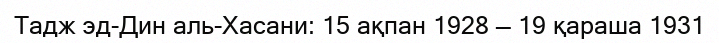
Тадж эд-Дин аль-Хасани: 15 ақпан 1928 — 19 қараша 1931